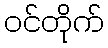
ဝင်တိုက်